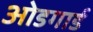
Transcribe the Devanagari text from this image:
ओडगार्ड